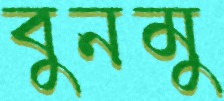
বুনমু